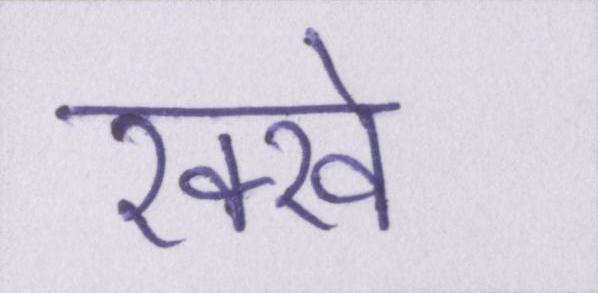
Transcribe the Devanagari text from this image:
रक्खे